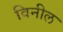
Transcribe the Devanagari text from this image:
विनील